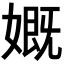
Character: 𡠣